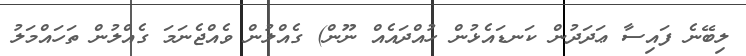
ލިބޭނެ ފައިސާ ޢަދަދުން ކަނޑައެޅުން ހުއްދައެއް ނޫން) ގެއްލުން ވެއްޖެނަމަ ގެއްލުން ތަހައްމަލު